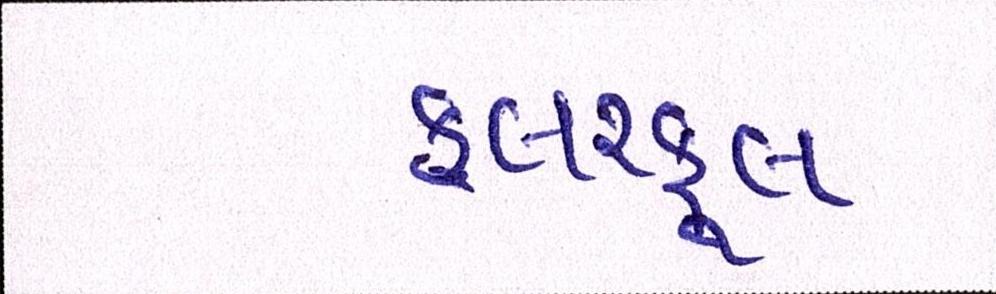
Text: કલરફૂલ